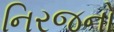
નિરજનો